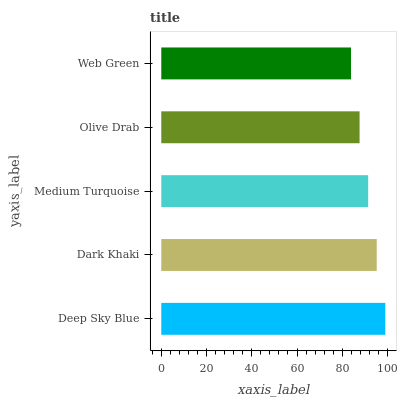
| yaxis_label | bars |
 | --- | --- |
 | Deep Sky Blue | 99 |
 | Dark Khaki | 95.2 |
 | Medium Turquoise | 91.4 |
 | Olive Drab | 87.6 |
 | Web Green | 83.9 |